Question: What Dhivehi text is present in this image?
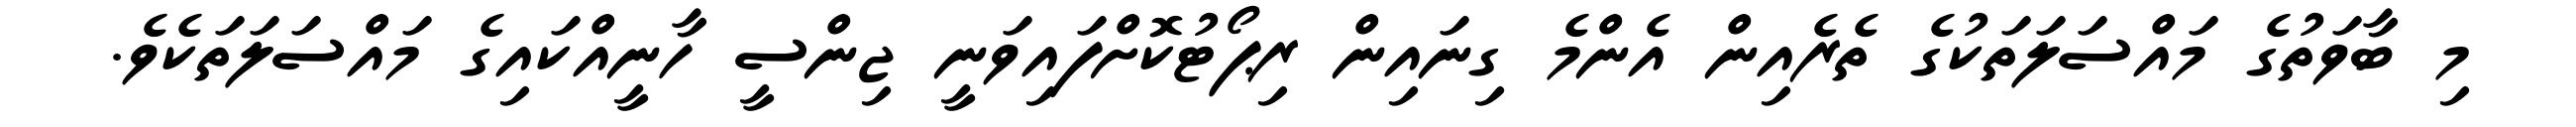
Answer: މި ބާވަތުގެ މައްސަލަތަކުގެ ތެރެއިން އެންމެ ގިނައިން ރިޕޯޓުކޮށްފައިވަނީ ޖިންސީ ހާނީއްކައިގެ މައްސަލަތަކެވެ.